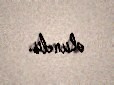
olundu.